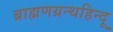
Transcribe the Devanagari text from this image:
ब्राह्मणग्रन्थहिन्दू